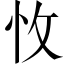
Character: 𢗡